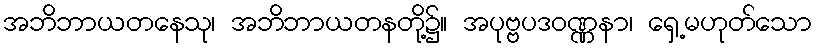
အဘိဘာယတနေသု၊ အဘိဘာယတနတို့၌။ အပုဗ္ဗပဒဝဏ္ဏနာ၊ ရှေ့မဟုတ်သော